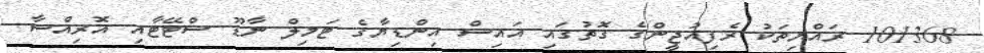
101368 ރައްޔިތަކު ރެފިއުޖީންގެ ގޮތުގައި އައިސް އިންޑިޔާގެ ޓަމިލް ނާޑޫ ސްޓޭޓާއި އޮރިއްސާ